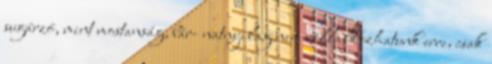
sugárzó, mint mostanság, bár- natnyilag nem vállalkozhatunk erre, csak